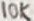
Text: 10K